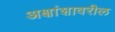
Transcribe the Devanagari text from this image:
अक्षांशावरील